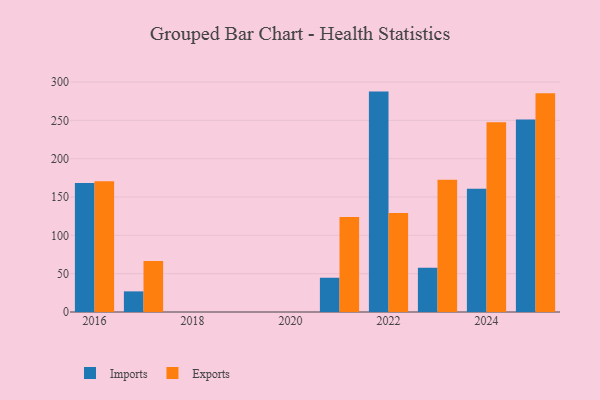
{"axis": {"x": "Year", "y": "Shipments"}, "legend": ["Exports", "Imports"], "data": [{"x": "2025", "y": 251.2, "type": "Imports"}, {"x": "2025", "y": 285.4, "type": "Exports"}, {"x": "2024", "y": 160.8, "type": "Imports"}, {"x": "2024", "y": 247.6, "type": "Exports"}, {"x": "2022", "y": 287.5, "type": "Imports"}, {"x": "2022", "y": 129.0, "type": "Exports"}, {"x": "2017", "y": 26.9, "type": "Imports"}, {"x": "2017", "y": 66.6, "type": "Exports"}, {"x": "2016", "y": 168.2, "type": "Imports"}, {"x": "2016", "y": 170.6, "type": "Exports"}, {"x": "2021", "y": 44.7, "type": "Imports"}, {"x": "2021", "y": 123.9, "type": "Exports"}, {"x": "2023", "y": 57.6, "type": "Imports"}, {"x": "2023", "y": 172.6, "type": "Exports"}]}